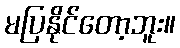
မပြနိုင်တော့ဘူး။